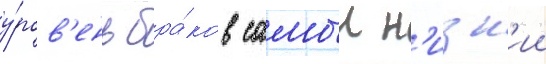
у́ров'ень бра́ков самыи н'изк'ии